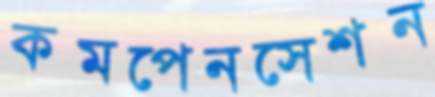
কমপেনসেশন